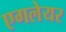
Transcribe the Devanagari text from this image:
एगलेयर